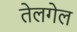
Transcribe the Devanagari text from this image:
तेलगेल